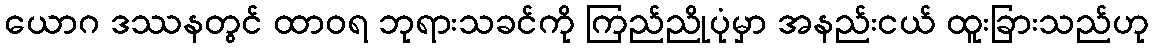
ယောဂ ဒဿနတွင် ထာဝရ ဘုရားသခင်ကို ကြည်ညိုပုံမှာ အနည်းငယ် ထူးခြားသည်ဟု